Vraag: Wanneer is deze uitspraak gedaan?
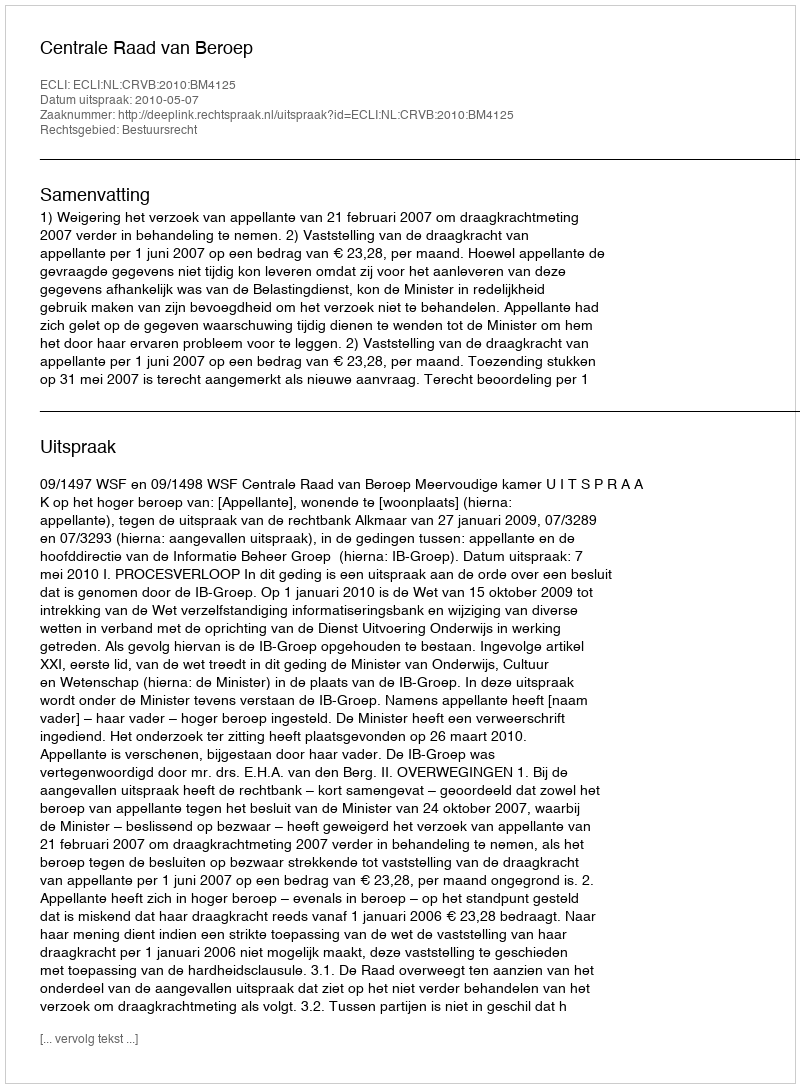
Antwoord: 2010-05-07